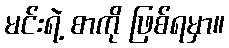
မင်းရဲ့ စာကို ဖြစ်ရမှာ။